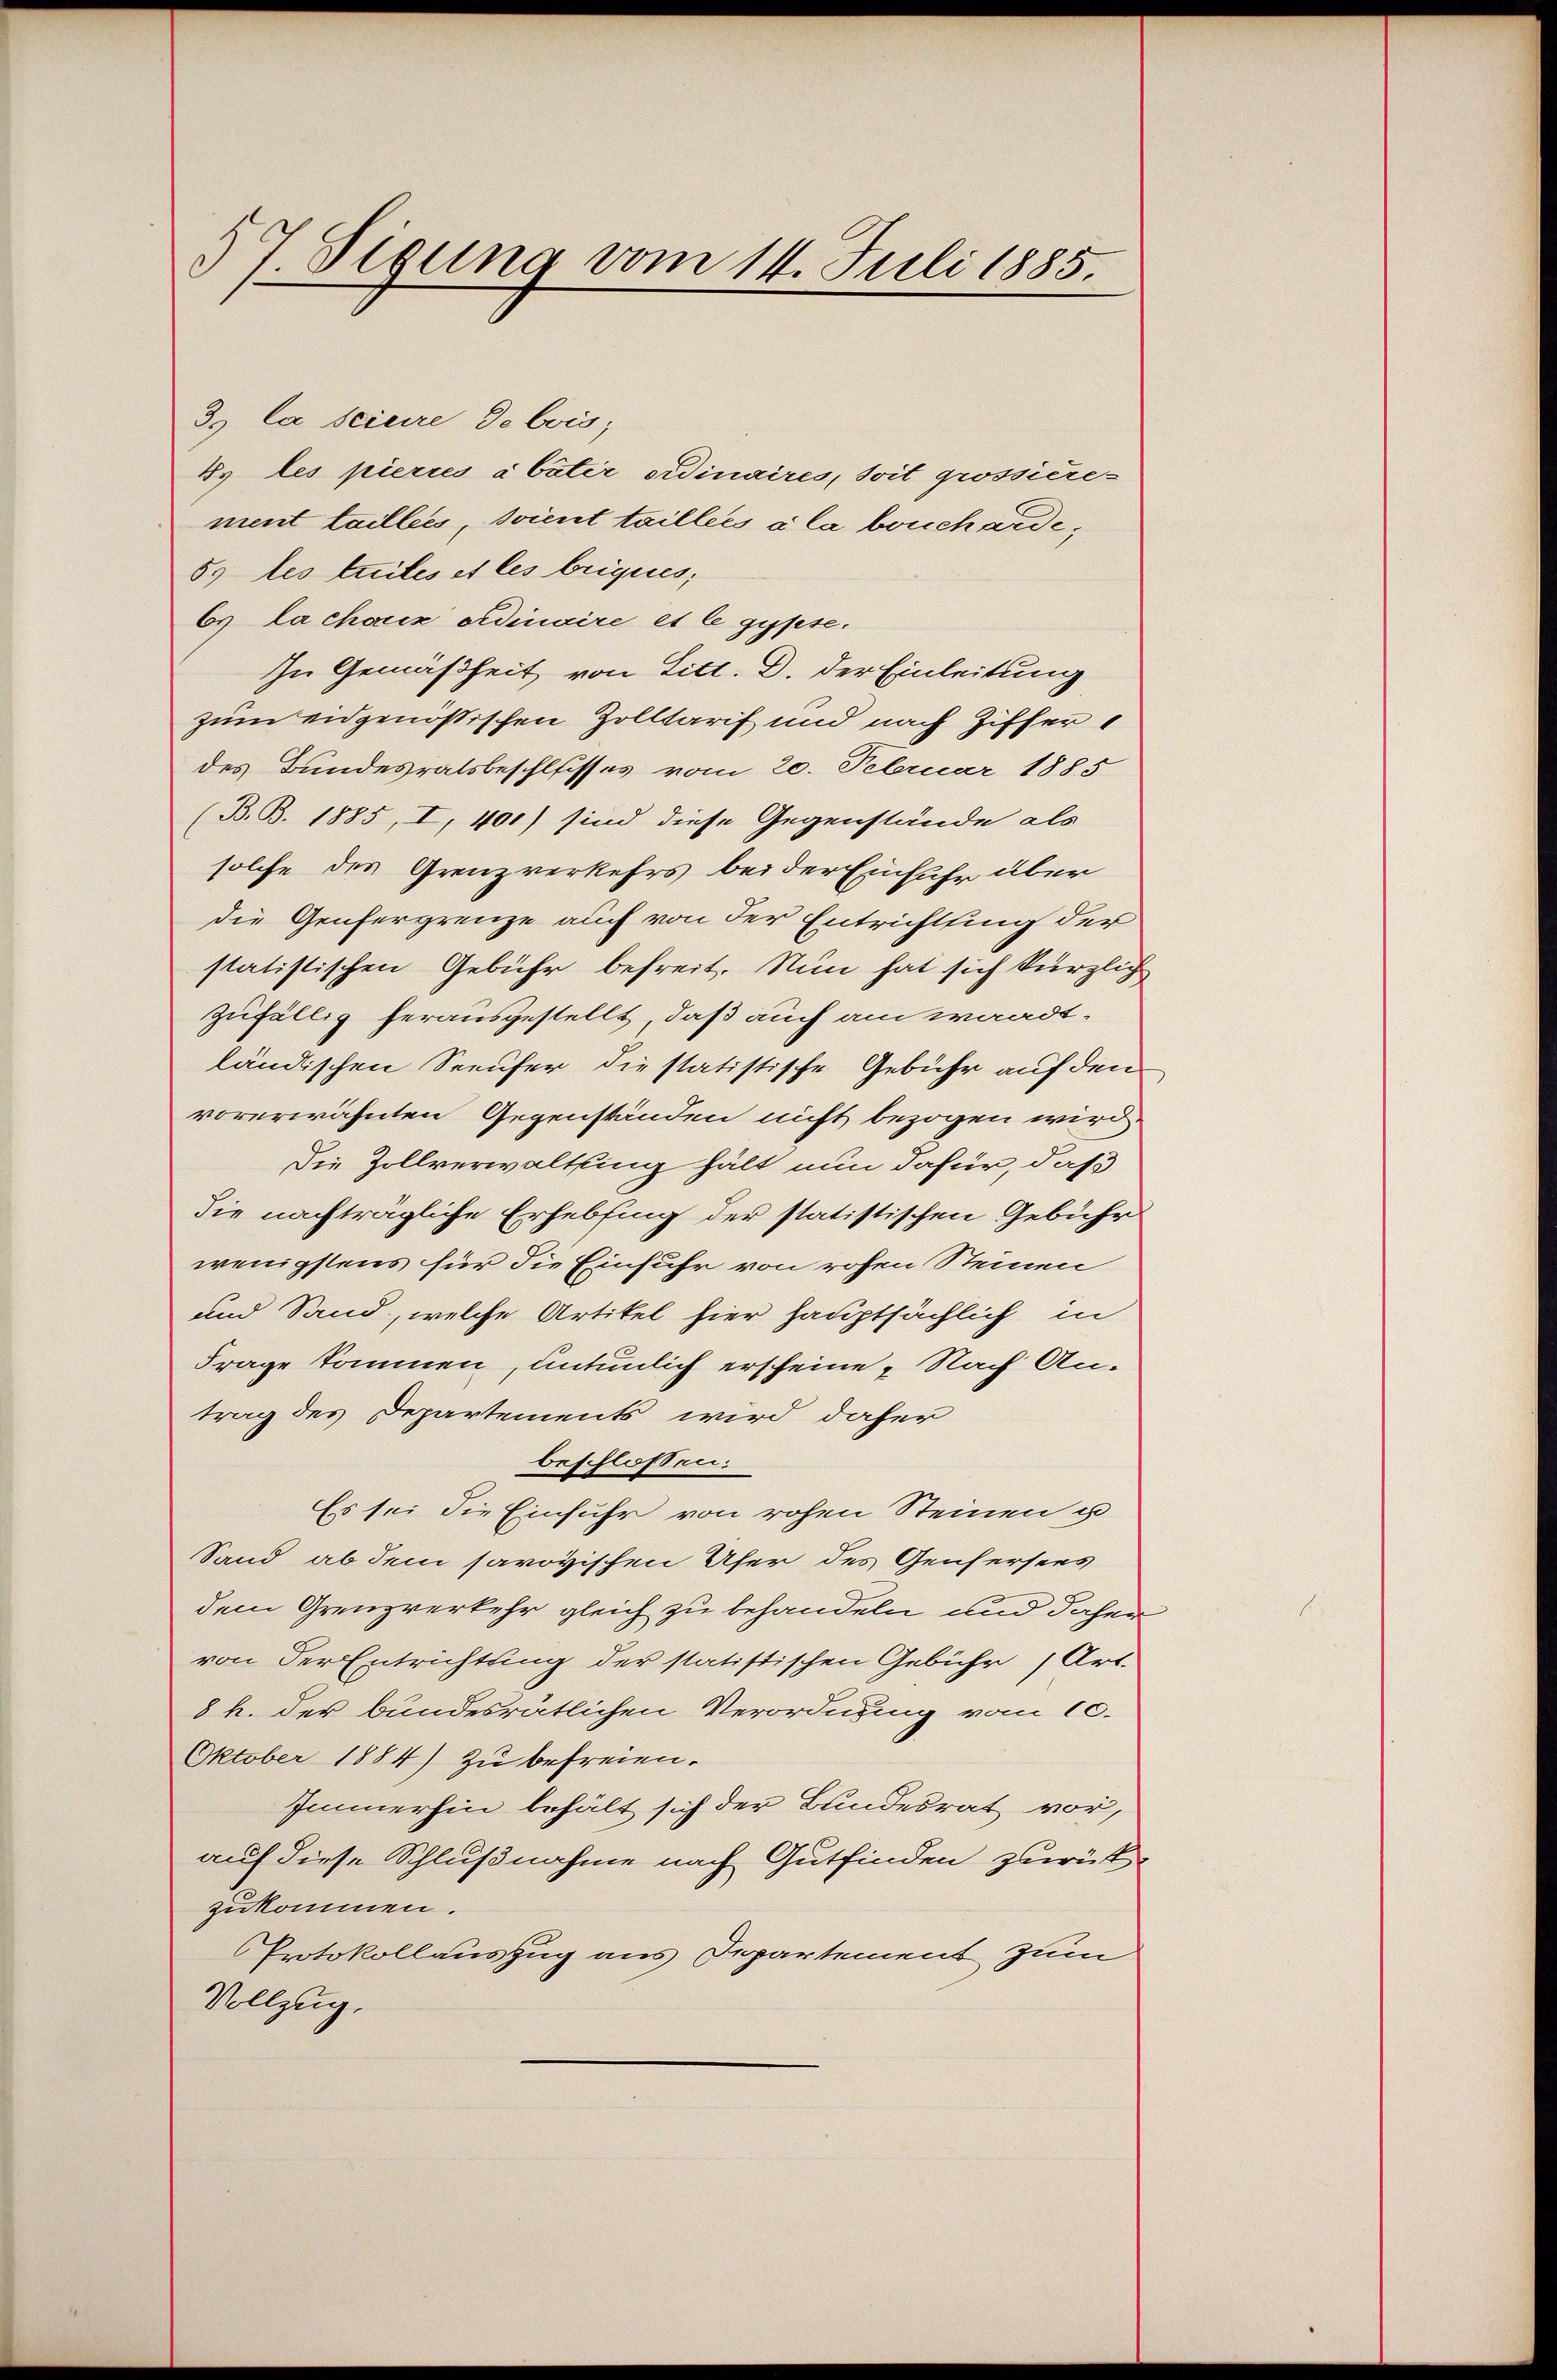
57. Sigung vom 14. Juli 1885.

3.) Ca sciere de bois;
Es les pierres à bater ordinaires, soit grossiere-
ment taillees, soient taillecs à la boucharde,
5. les teiles et les briques;
Cs la choix ordinaire et le gypse.
In Gemäßheit von Litt. D. der Einleitung
zum eidgenößischen Zolltarif und nach Ziffer
des Bundesratsbeschlisses vom 20. Februar 1885
(B.B. 1885, I, 400) sind diese Gegenstände als
solche des Grenzverkehrs bei der Einfuhr über
die Genfergrenze auch von der Entrichtung der
statistischen Gebühr befreit. Nun hat sich kürzlich
zufällig herausgestellt, daß auch am waadt-
ländischen Seeufer die statistische Gebühr auf den
vorerwähnten Gegenständen nicht bezogen wird.
Die Zollverwaltung hält nun dafür, daß
die nachträgliche Erhebling der statistischen Gebühr
wenigstens für die Einfuhr von rohen Steinen
und Sand, welche Artikel hier hauptsächlich in
Frage kommen, untenlich erscheine Nach Antrag des Departements wird daher
beschlossen:
Es sei die Einfuhr von rohen Steinen u
Sand ab dem savoyischen Ufer des Genfersees
dem Grenzverkehr gleich zu behandeln und daher
von der Entrichtung der statistischen Gebühr (Art.
8 h. der bundesrätlichen Verordnung vom 10.
Oktober 1884) zu befreien.
Immerhin behält sich der Bundesrat vor,
auf diese Schlußnahme nach Gutfinden zurück-
zukommen.
Protokollauszug aus Departement zum
Vollzug.